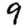
Digit: 9